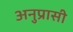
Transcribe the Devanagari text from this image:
अनुप्रासी